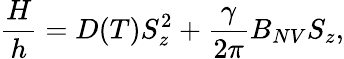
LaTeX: \frac{H}{h}=D(T)S_{z}^{2}+\frac{\gamma}{2\pi}B_{NV}S_{z},